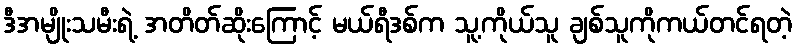
ဒီအမျိုးသမီးရဲ့ အတိတ်ဆိုးကြောင့် မယ်ရီဒစ်က သူ့ကိုယ်သူ ချစ်သူကိုကယ်တင်ရတဲ့